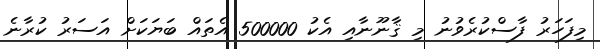
މިފަހަރު ފާސްކުރެވުނު މި ޤާނޫނާއި އެކު 500000 އެތައް ބަޔަކަށް އަސަރު ކުރާނެ